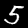
Label: 5